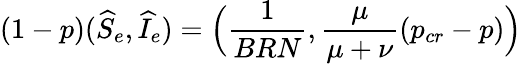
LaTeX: (1-p)(\widehat{S}_{e},\widehat{I}_{e})=\Big(\frac{1}{BRN},\frac{\mu}{\mu+\nu}(p_{cr}-p)\Big)